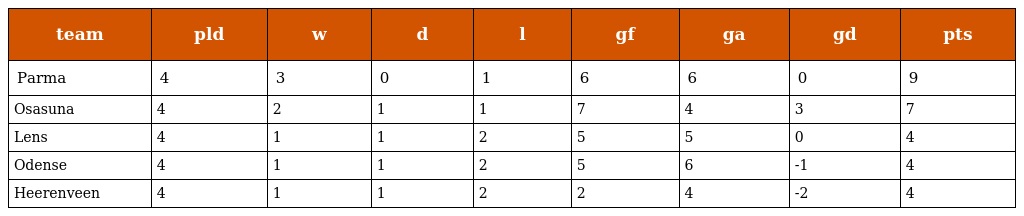
| team | pld | w | d | l | gf | ga | gd | pts |
 | --- | --- | --- | --- | --- | --- | --- | --- | --- |
 | Parma | 4 | 3 | 0 | 1 | 6 | 6 | 0 | 9 |
 | Osasuna | 4 | 2 | 1 | 1 | 7 | 4 | 3 | 7 |
 | Lens | 4 | 1 | 1 | 2 | 5 | 5 | 0 | 4 |
 | Odense | 4 | 1 | 1 | 2 | 5 | 6 | -1 | 4 |
 | Heerenveen | 4 | 1 | 1 | 2 | 2 | 4 | -2 | 4 |